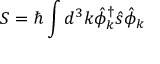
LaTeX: { \boldsymbol { S } } = \hbar \int d ^ { 3 } k { \hat { \phi } } _ { \boldsymbol { k } } ^ { \dagger } { \boldsymbol { \hat { s } } } { \hat { \phi } } _ { \boldsymbol { k } }